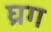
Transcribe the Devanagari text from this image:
घ्रग